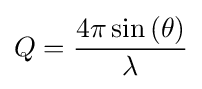
Q={\frac {4\pi \sin \left(\theta \right)}{\lambda }}